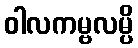
ဝါလကမ္ဗလမ္ပိ